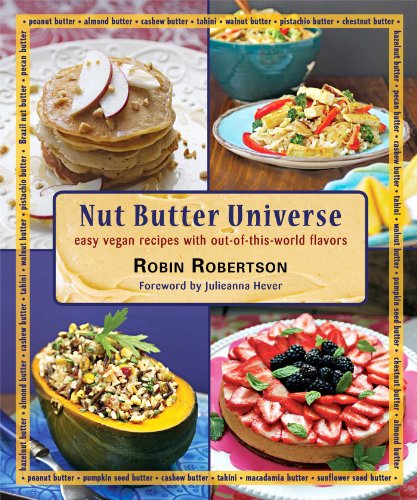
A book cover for Nut Butter Universe: Easy Vegan Recipes with Out-Of-This-World Flavors; Robin Robertson; Cookbooks, Food & Wine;